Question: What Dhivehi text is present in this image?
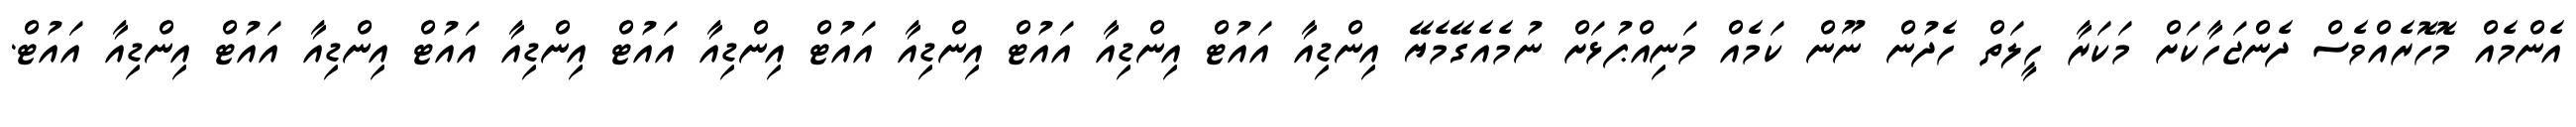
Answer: އެންމެއް މޮހޮރެއްވެސް ދެންޖަހާކަށް މަކަރާ ހީލަތް ހެދުން ނޫން ކަމެއް މަނިއްޕުޅަށް ނުމެއެގޭމެޔޭ އިންޑިއާ އައުޓް އިންޑިއާ އައުޓް އިންޑިއާ އައުޓް އިންޑިއާ އައުޓް އިންޑިއާ އައުޓް އިންޑިއާ އައުޓް އިންޑިއާ އައުޓް.